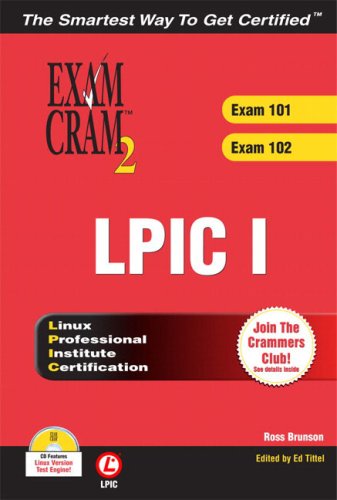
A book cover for LPIC I Exam Cram 2: Linux Professional Institute Certification Exams 101 and 102; Ross Brunson; Computers & Technology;